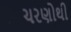
ચરણોથી